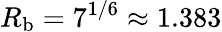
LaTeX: R_{\mathrm{b}}=7^{1/6}\approx 1.383